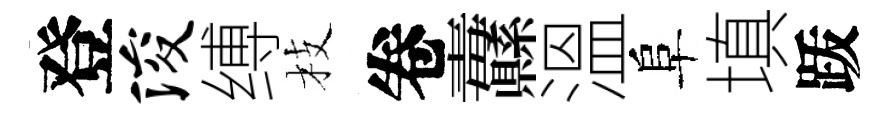
登浚缚枝卷纛溫阜填䟦